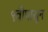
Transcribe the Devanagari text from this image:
९वीपासून